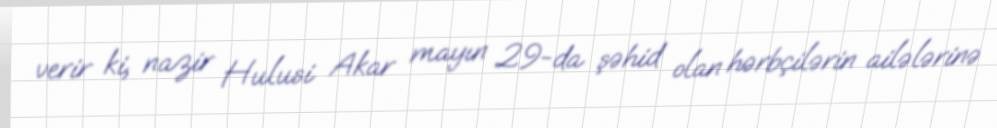
verir ki, nazir Hulusi Akar mayın 29-da şəhid olan hərbçilərin ailələrinə